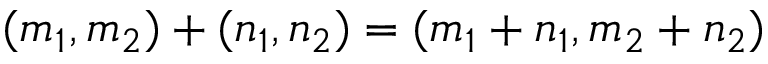
( m _ { 1 } , m _ { 2 } ) + ( n _ { 1 } , n _ { 2 } ) = ( m _ { 1 } + n _ { 1 } , m _ { 2 } + n _ { 2 } )